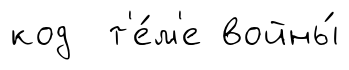
код т'е́м'е войны́